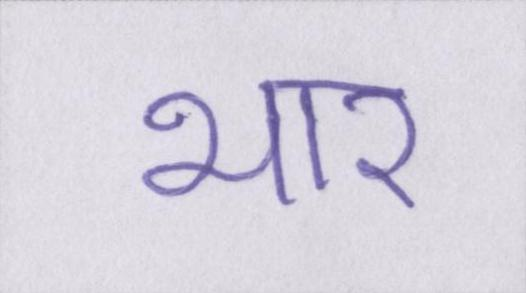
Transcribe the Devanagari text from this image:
भार